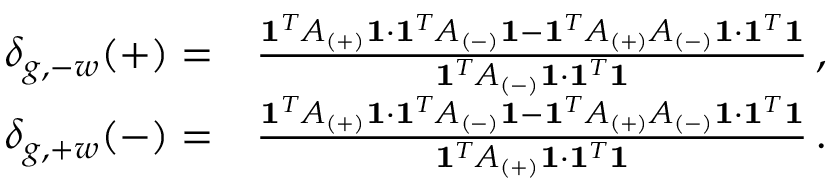
\begin{array} { r l } { \delta _ { g , - w } ( + ) = } & { \frac { \mathbf { 1 } ^ { T } A _ { ( + ) } \mathbf { 1 } \cdot \mathbf { 1 } ^ { T } A _ { ( - ) } \mathbf { 1 } - \mathbf { 1 } ^ { T } A _ { ( + ) } A _ { ( - ) } \mathbf { 1 } \cdot \mathbf { 1 } ^ { T } \mathbf { 1 } } { \mathbf { 1 } ^ { T } A _ { ( - ) } \mathbf { 1 } \cdot \mathbf { 1 } ^ { T } \mathbf { 1 } } \, , } \\ { \delta _ { g , + w } ( - ) = } & { \frac { \mathbf { 1 } ^ { T } A _ { ( + ) } \mathbf { 1 } \cdot \mathbf { 1 } ^ { T } A _ { ( - ) } \mathbf { 1 } - \mathbf { 1 } ^ { T } A _ { ( + ) } A _ { ( - ) } \mathbf { 1 } \cdot \mathbf { 1 } ^ { T } \mathbf { 1 } } { \mathbf { 1 } ^ { T } A _ { ( + ) } \mathbf { 1 } \cdot \mathbf { 1 } ^ { T } \mathbf { 1 } } \, . } \end{array}